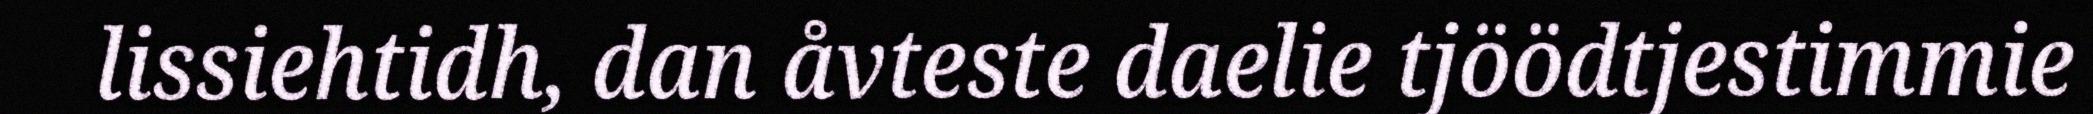
lissiehtidh, dan åvteste daelie tjöödtjestimmie